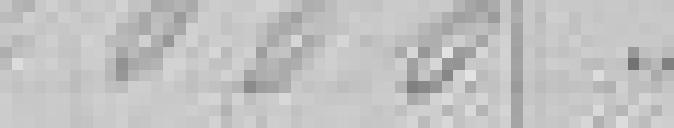
2 000